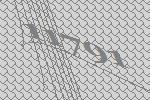
11791